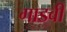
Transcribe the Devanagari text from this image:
गाडवी